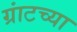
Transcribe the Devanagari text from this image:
ग्रांटच्या